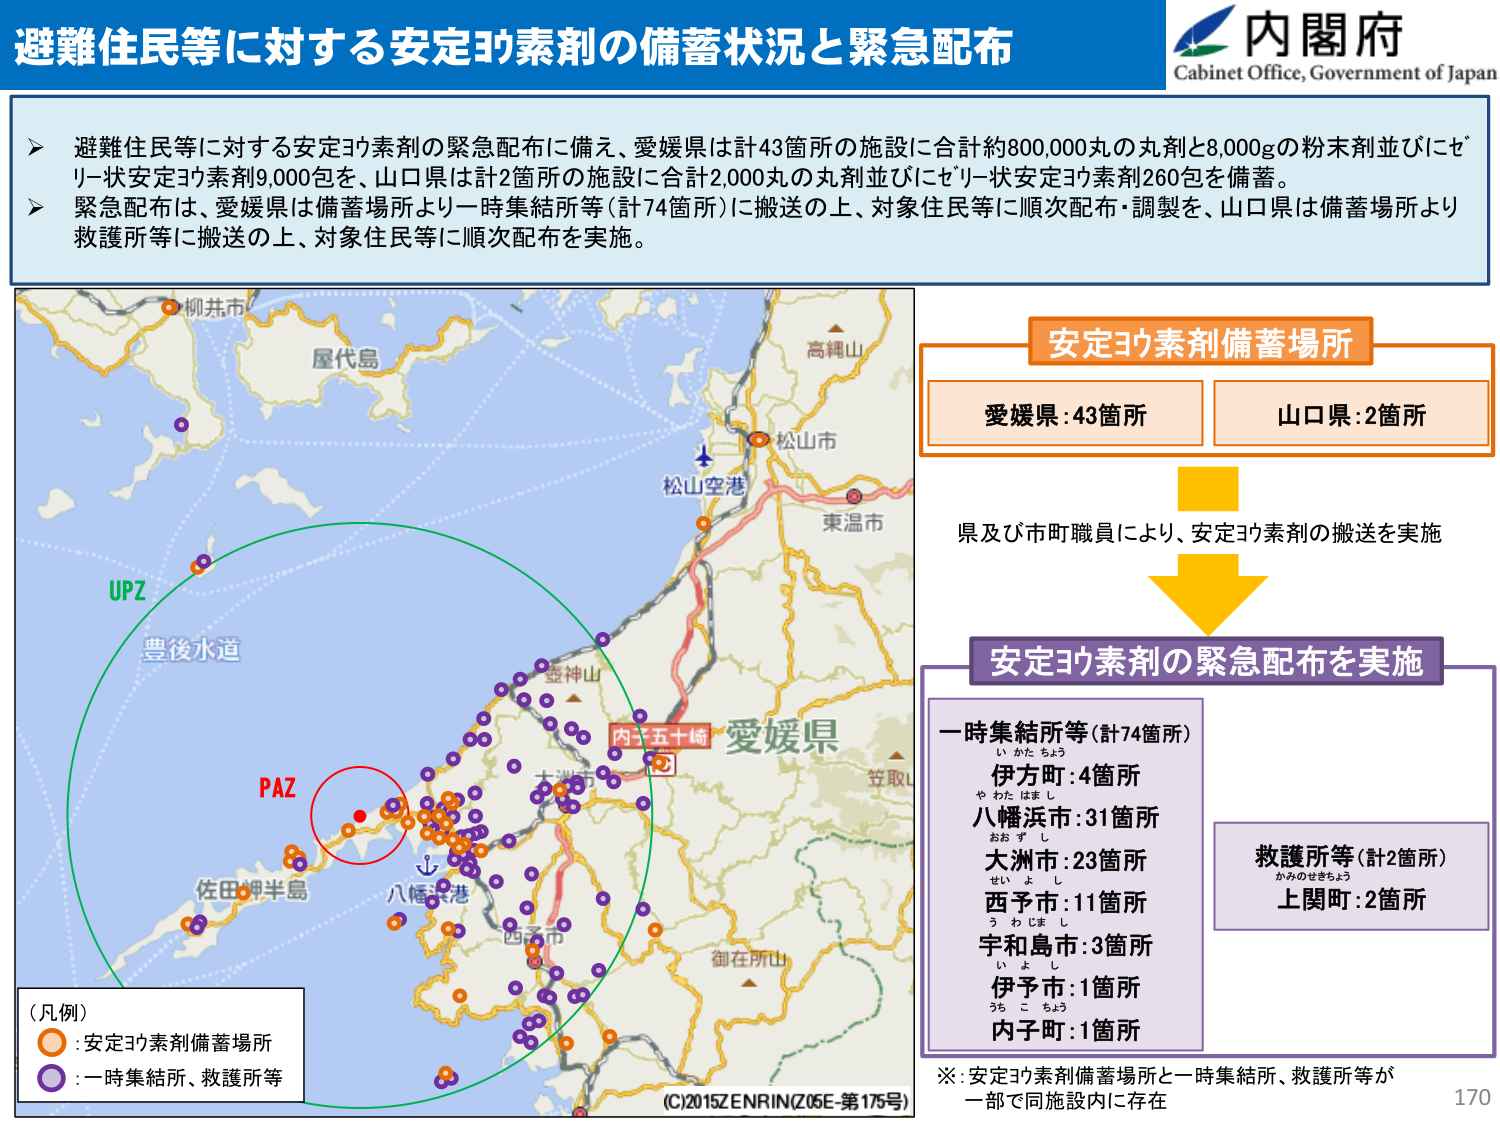
避難住民等に対する安定ヨウ素剤の備蓄状況と緊急配布
内閣府
Cabinet Office, Government of Japan

➤ 避難住民等に対する安定ヨウ素剤の緊急配布に備え、愛媛県は計43箇所の施設に合計約800,000丸の丸剤と8,000gの粉末剤並びにゼリー状安定ヨウ素剤9,000包を、山口県は計2箇所の施設に合計2,000丸の丸剤並びにゼリー状安定ヨウ素剤260包を備蓄。
➤ 緊急配布は、愛媛県は備蓄場所より一時集結所等（計74箇所）に搬送の上、対象住民等に順次配布・調製を、山口県は備蓄場所より救護所等に搬送の上、対象住民等に順次配布を実施。

安定ヨウ素剤備蓄場所
愛媛県：43箇所
山口県：2箇所

県及び市町職員により、安定ヨウ素剤の搬送を実施

安定ヨウ素剤の緊急配布を実施

一時集結所等（計74箇所）
伊方町：4箇所
八幡浜市：31箇所
大洲市：23箇所
西予市：11箇所
宇和島市：3箇所
伊予市：1箇所
内子町：1箇所

救護所等（計2箇所）
上関町：2箇所

※：安定ヨウ素剤備蓄場所と一時集結所、救護所等が一部で同施設内に存在

（凡例）
○：安定ヨウ素剤備蓄場所
●：一時集結所、救護所等

柳井市
屋代島
高縄山
松山市
松山空港
東温市
豊後水道
UPZ
PAZ
佐田岬半島
八幡浜港
四万十市
内子五十崎
愛媛県
大洲市
豊後水道
御在所山
（C）2015 ZENRIN（Z05E-第175号）
170